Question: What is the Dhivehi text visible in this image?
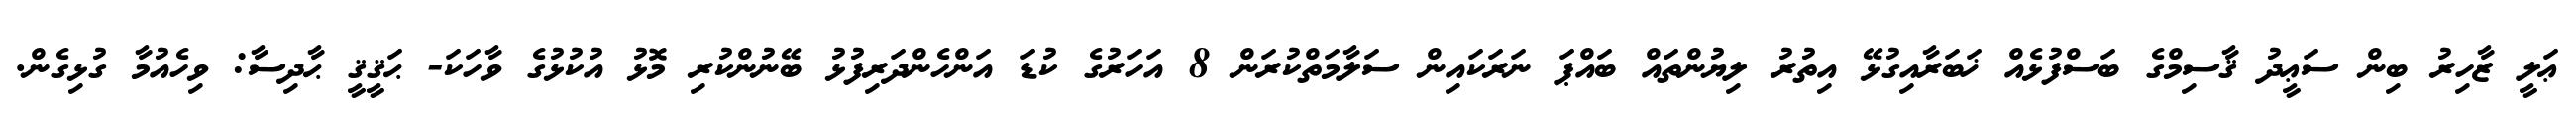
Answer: ޢަލީ ޒާހިރު ބިން ސަޢީދު ޤާސިމްގެ ބަސްފުޅެއް ޚަބަރާއިގުޅޭ އިތުރު ލިޔުންތައް ބައްޕަ ނަރަކައިން ސަލާމަތްކުރަން 8 އަހަރުގެ ކުޑަ އަންހެންދަރިފުޅު ބޭނުންކުރި މޮޅު އުކުޅުގެ ވާހަކަ- ޙަޤީޤީ ޙާދިސާ: ވިހެއުމާ ގުޅިގެން.